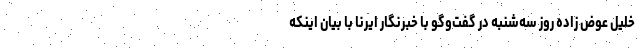
خلیل عوض زاده روز سه‌شنبه در گفت‌وگو با خبرنگار ایرنا با بیان اینکه